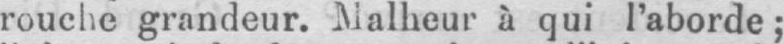
rouche grandeur. Malheur à qui l’aborde;